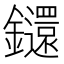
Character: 𨰄